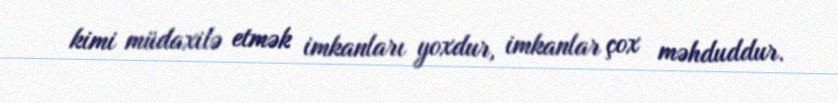
kimi müdaxilə etmək imkanları yoxdur, imkanlar çox məhduddur.